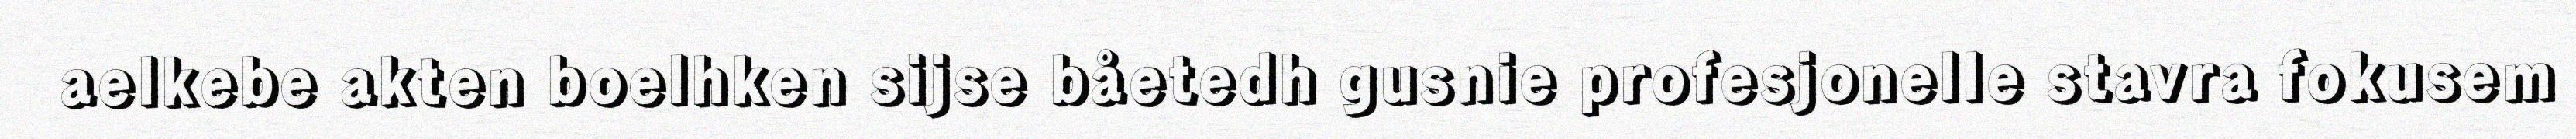
aelkebe akten boelhken sijse båetedh gusnie profesjonelle stavra fokusem